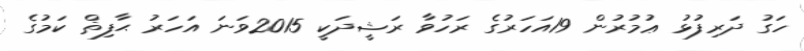
ހަގު ދަރިފުޅު ޢުމުރުން 19އަހަރުގެ ރަހުވާ ރަޝީދަކީ 2015ވަނަ އަހަރު ޙާފިޡް ކަމުގެ